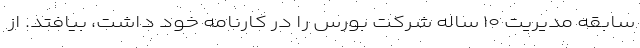
سابقه مدیریت ۱۰ ساله شرکت بورس را در کارنامه خود داشت، بیافتد. از